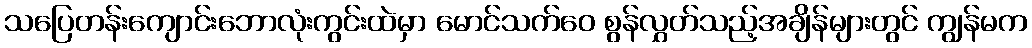
သပြေတန်းကျောင်းဘောလုံးကွင်းထဲမှာ မောင်သက်ဝေ စွန်လွှတ်သည့်အချိန်များတွင် ကျွန်မက